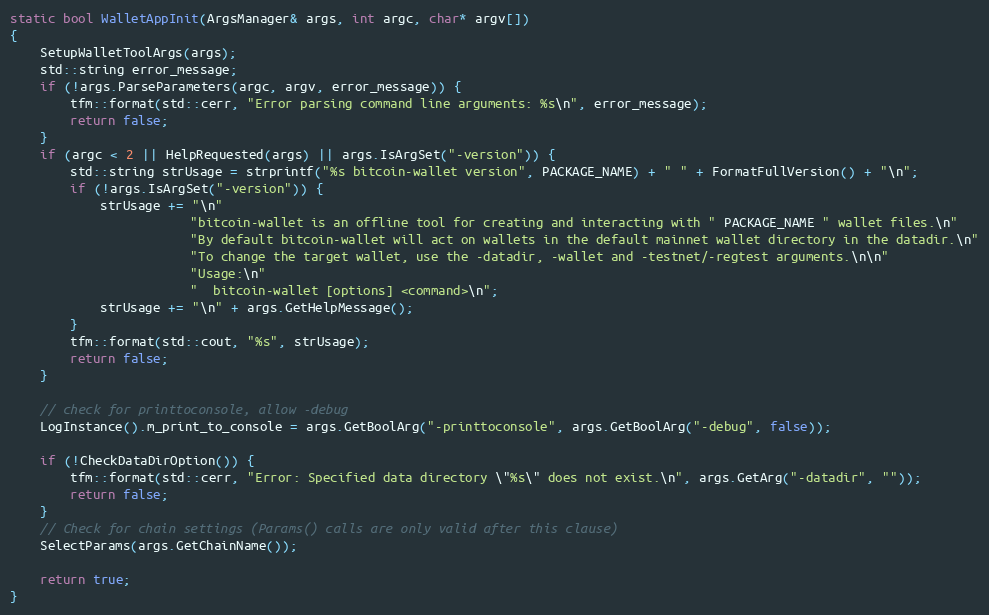
Language: C++
static bool WalletAppInit(ArgsManager& args, int argc, char* argv[])
{
    SetupWalletToolArgs(args);
    std::string error_message;
    if (!args.ParseParameters(argc, argv, error_message)) {
        tfm::format(std::cerr, "Error parsing command line arguments: %s\n", error_message);
        return false;
    }
    if (argc < 2 || HelpRequested(args) || args.IsArgSet("-version")) {
        std::string strUsage = strprintf("%s bitcoin-wallet version", PACKAGE_NAME) + " " + FormatFullVersion() + "\n";
        if (!args.IsArgSet("-version")) {
            strUsage += "\n"
                        "bitcoin-wallet is an offline tool for creating and interacting with " PACKAGE_NAME " wallet files.\n"
                        "By default bitcoin-wallet will act on wallets in the default mainnet wallet directory in the datadir.\n"
                        "To change the target wallet, use the -datadir, -wallet and -testnet/-regtest arguments.\n\n"
                        "Usage:\n"
                        "  bitcoin-wallet [options] <command>\n";
            strUsage += "\n" + args.GetHelpMessage();
        }
        tfm::format(std::cout, "%s", strUsage);
        return false;
    }

    // check for printtoconsole, allow -debug
    LogInstance().m_print_to_console = args.GetBoolArg("-printtoconsole", args.GetBoolArg("-debug", false));

    if (!CheckDataDirOption()) {
        tfm::format(std::cerr, "Error: Specified data directory \"%s\" does not exist.\n", args.GetArg("-datadir", ""));
        return false;
    }
    // Check for chain settings (Params() calls are only valid after this clause)
    SelectParams(args.GetChainName());

    return true;
}